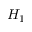
H _ { 1 }